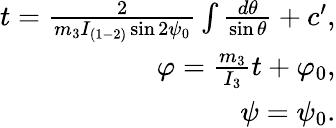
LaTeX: \begin{array}{r}{t=\frac{2}{m_{3}I_{(1-2)}\sin 2\psi_{0}}\int\frac{d\theta}{\sin\theta}+c^{\prime},}\\ {\varphi=\frac{m_{3}}{I_{3}}t+\varphi_{0},}\\ {\psi=\psi_{0}.}\end{array}